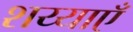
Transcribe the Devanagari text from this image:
शय्याएँ